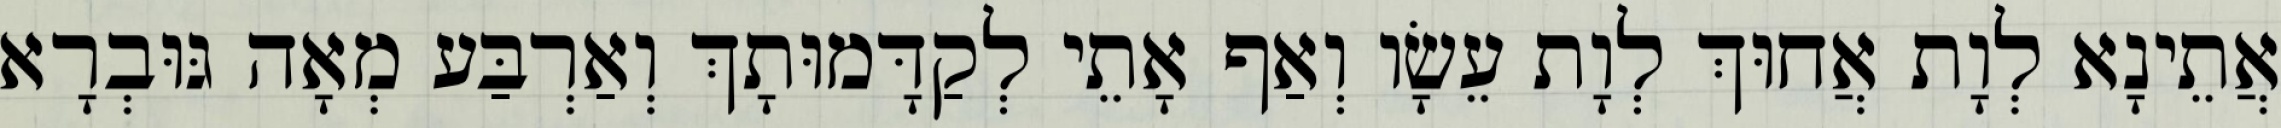
אֲתֵינָא לְוָת אֲחוּךְ לְוָת עֵשָׂו וְאַף אָתֵי לְקַדָּמוּתָךְ וְאַרְבַּע מְאָה גּוּבְרָא